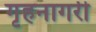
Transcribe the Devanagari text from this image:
गृहनागरी